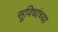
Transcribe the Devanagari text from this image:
सूविधांच्या